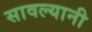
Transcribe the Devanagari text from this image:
सावल्यानी